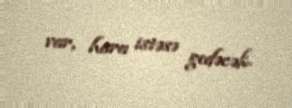
var, hara istəsə gedəcək.